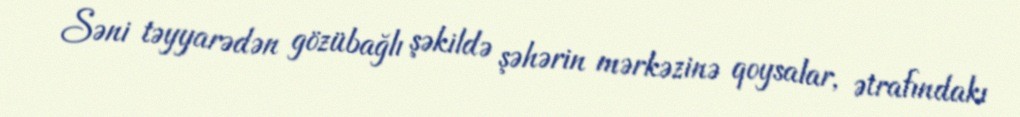
Səni təyyarədən gözübağlı şəkildə şəhərin mərkəzinə qoysalar, ətrafındakı